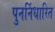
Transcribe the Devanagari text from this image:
पुनर्निधारित